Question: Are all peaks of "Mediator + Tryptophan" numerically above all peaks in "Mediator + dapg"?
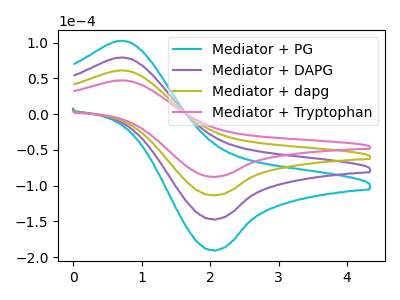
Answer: <think>The cyan curve "Mediator + PG" has an anodic peak at (0.70V, 183.45uA) and a cathodic peak at (2.05V, -340.15uA). The purple curve "Mediator + DAPG" has an anodic peak at (0.70V, 122.30uA) and a cathodic peak at (2.05V, -226.80uA). The olive curve "Mediator + dapg" has an anodic peak at (0.70V, 61.15uA) and a cathodic peak at (2.05V, -113.40uA). The pink curve "Mediator + Tryptophan" has an anodic peak at (0.70V, 47.20uA) and a cathodic peak at (2.05V, -87.55uA).</think>
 <answer>Every peak in "Mediator + Tryptophan" is lower than every peak in "Mediator + dapg".</answer>
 <eval>lower</eval>